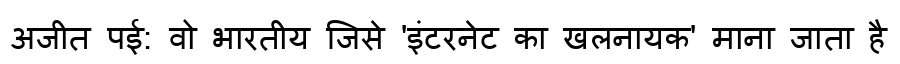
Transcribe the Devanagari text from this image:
अजीत पई: वो भारतीय जिसे 'इंटरनेट का खलनायक' माना जाता है